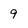
Character: 9